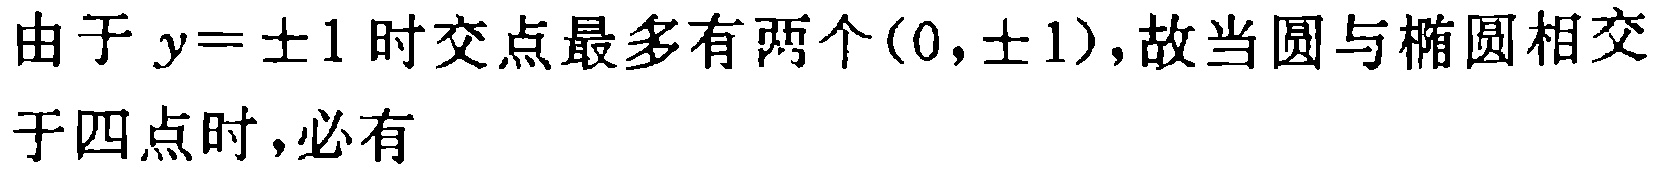
由于 \(y = \pm 1\) 时交点最多有两个\((0,\pm 1)\)，故当圆与椭圆相交于四点时，必有